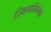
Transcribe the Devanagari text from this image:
ज़्बिगनियेफ़